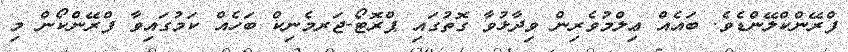
ފްރޭންކްލޭންޑެވެ. ބައެއް ޢިލްމުވެރިން ވިދާޅުވާ ގޮތުގައި ޕްރޮޓޯ-ޖަރމެނިކް ބަހެއް ކަމުގައިވާ ފްރޭންކޯން މި